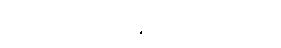
မေးခိုင်ကာကွယ်ဆေးပဲ ထိုးလို့ရတယ်။